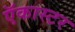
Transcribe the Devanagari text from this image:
ऍकास्टर